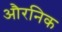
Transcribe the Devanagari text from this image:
औरनिक